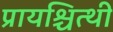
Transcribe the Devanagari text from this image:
प्रायश्चित्थी